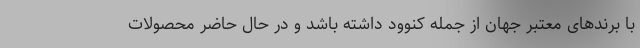
با برندهای معتبر جهان از جمله کنوود داشته باشد و در حال حاضر محصولات